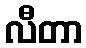
လီတာ